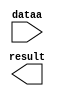
// megafunction wizard: %LPM_MULT%VBB%
// GENERATION: STANDARD
// VERSION: WM1.0
// MODULE: lpm_mult 

// ============================================================
// Megafunction Name(s):
// 			lpm_mult
//
// Simulation Library Files(s):
// 			lpm
// ============================================================
// ************************************************************
// THIS IS A WIZARD-GENERATED FILE. DO NOT EDIT THIS FILE!
//
// 13.1.0 Build 162 10/23/2013 SJ Full Version
// ************************************************************

//Copyright (C) 1991-2013 Altera Corporation
//Your use of Altera Corporation's design tools, logic functions 
//and other software and tools, and its AMPP partner logic 
//functions, and any output files from any of the foregoing 
//(including device programming or simulation files), and any 
//associated documentation or information are expressly subject 
//to the terms and conditions of the Altera Program License 
//Subscription Agreement, Altera MegaCore Function License 
//Agreement, or other applicable license agreement, including, 
//without limitation, that your use is for the sole purpose of 
//programming logic devices manufactured by Altera and sold by 
//Altera or its authorized distributors.  Please refer to the 
//applicable agreement for further details.

module mult_mass_08_12 (
	dataa,
	result);

	input	[9:0]  dataa;
	output	[13:0]  result;

endmodule

// ============================================================
// CNX file retrieval info
// ============================================================
// Retrieval info: PRIVATE: AutoSizeResult NUMERIC "1"
// Retrieval info: PRIVATE: B_isConstant NUMERIC "1"
// Retrieval info: PRIVATE: ConstantB NUMERIC "8"
// Retrieval info: PRIVATE: INTENDED_DEVICE_FAMILY STRING "Cyclone V"
// Retrieval info: PRIVATE: LPM_PIPELINE NUMERIC "0"
// Retrieval info: PRIVATE: Latency NUMERIC "0"
// Retrieval info: PRIVATE: SYNTH_WRAPPER_GEN_POSTFIX STRING "0"
// Retrieval info: PRIVATE: SignedMult NUMERIC "0"
// Retrieval info: PRIVATE: USE_MULT NUMERIC "1"
// Retrieval info: PRIVATE: ValidConstant NUMERIC "1"
// Retrieval info: PRIVATE: WidthA NUMERIC "10"
// Retrieval info: PRIVATE: WidthB NUMERIC "4"
// Retrieval info: PRIVATE: WidthP NUMERIC "14"
// Retrieval info: PRIVATE: aclr NUMERIC "0"
// Retrieval info: PRIVATE: clken NUMERIC "0"
// Retrieval info: PRIVATE: new_diagram STRING "1"
// Retrieval info: PRIVATE: optimize NUMERIC "0"
// Retrieval info: LIBRARY: lpm lpm.lpm_components.all
// Retrieval info: CONSTANT: LPM_HINT STRING "INPUT_B_IS_CONSTANT=YES,MAXIMIZE_SPEED=5"
// Retrieval info: CONSTANT: LPM_REPRESENTATION STRING "UNSIGNED"
// Retrieval info: CONSTANT: LPM_TYPE STRING "LPM_MULT"
// Retrieval info: CONSTANT: LPM_WIDTHA NUMERIC "10"
// Retrieval info: CONSTANT: LPM_WIDTHB NUMERIC "4"
// Retrieval info: CONSTANT: LPM_WIDTHP NUMERIC "14"
// Retrieval info: USED_PORT: dataa 0 0 10 0 INPUT NODEFVAL "dataa[9..0]"
// Retrieval info: USED_PORT: result 0 0 14 0 OUTPUT NODEFVAL "result[13..0]"
// Retrieval info: CONNECT: @dataa 0 0 10 0 dataa 0 0 10 0
// Retrieval info: CONNECT: @datab 0 0 4 0 8 0 0 4 0
// Retrieval info: CONNECT: result 0 0 14 0 @result 0 0 14 0
// Retrieval info: GEN_FILE: TYPE_NORMAL mult_mass_08_12.v TRUE
// Retrieval info: GEN_FILE: TYPE_NORMAL mult_mass_08_12.inc FALSE
// Retrieval info: GEN_FILE: TYPE_NORMAL mult_mass_08_12.cmp FALSE
// Retrieval info: GEN_FILE: TYPE_NORMAL mult_mass_08_12.bsf TRUE
// Retrieval info: GEN_FILE: TYPE_NORMAL mult_mass_08_12_inst.v FALSE
// Retrieval info: GEN_FILE: TYPE_NORMAL mult_mass_08_12_bb.v TRUE
// Retrieval info: LIB_FILE: lpm